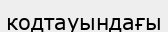
кодтауындағы